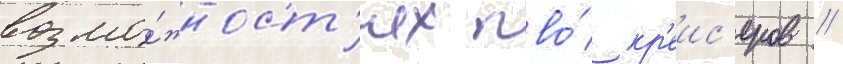
возмо́жност'ях пво́ кр'еис'еров //